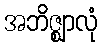
အဘိဇ္ဈာလုံ